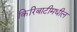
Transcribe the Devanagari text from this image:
किरिबाटीमधील